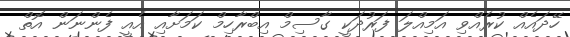
ހޭދައެއް ކުރެއްވި އަމިއްލަ ފަރުދަކީ ގާސިމް އިބްރާހިމް ކަމަށާއި އެއީ ފެންނަން އޮތް